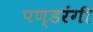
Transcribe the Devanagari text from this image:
पण्डरंगी